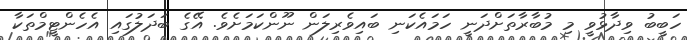
ހަބީބު ވިދާޅުވީ މި މުބާރާތަށްދަނީ ހަމައެކަނި ބައިވެރިލަން ނޫންކަމަށެވެ. އޭގެ ބަދަލުގައި އެހެންޓީމްތަކާ